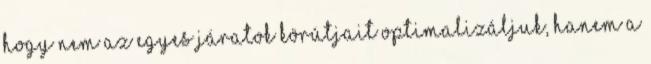
hogy nem az egyes járatok körútjait optimalizáljuk, hanem a